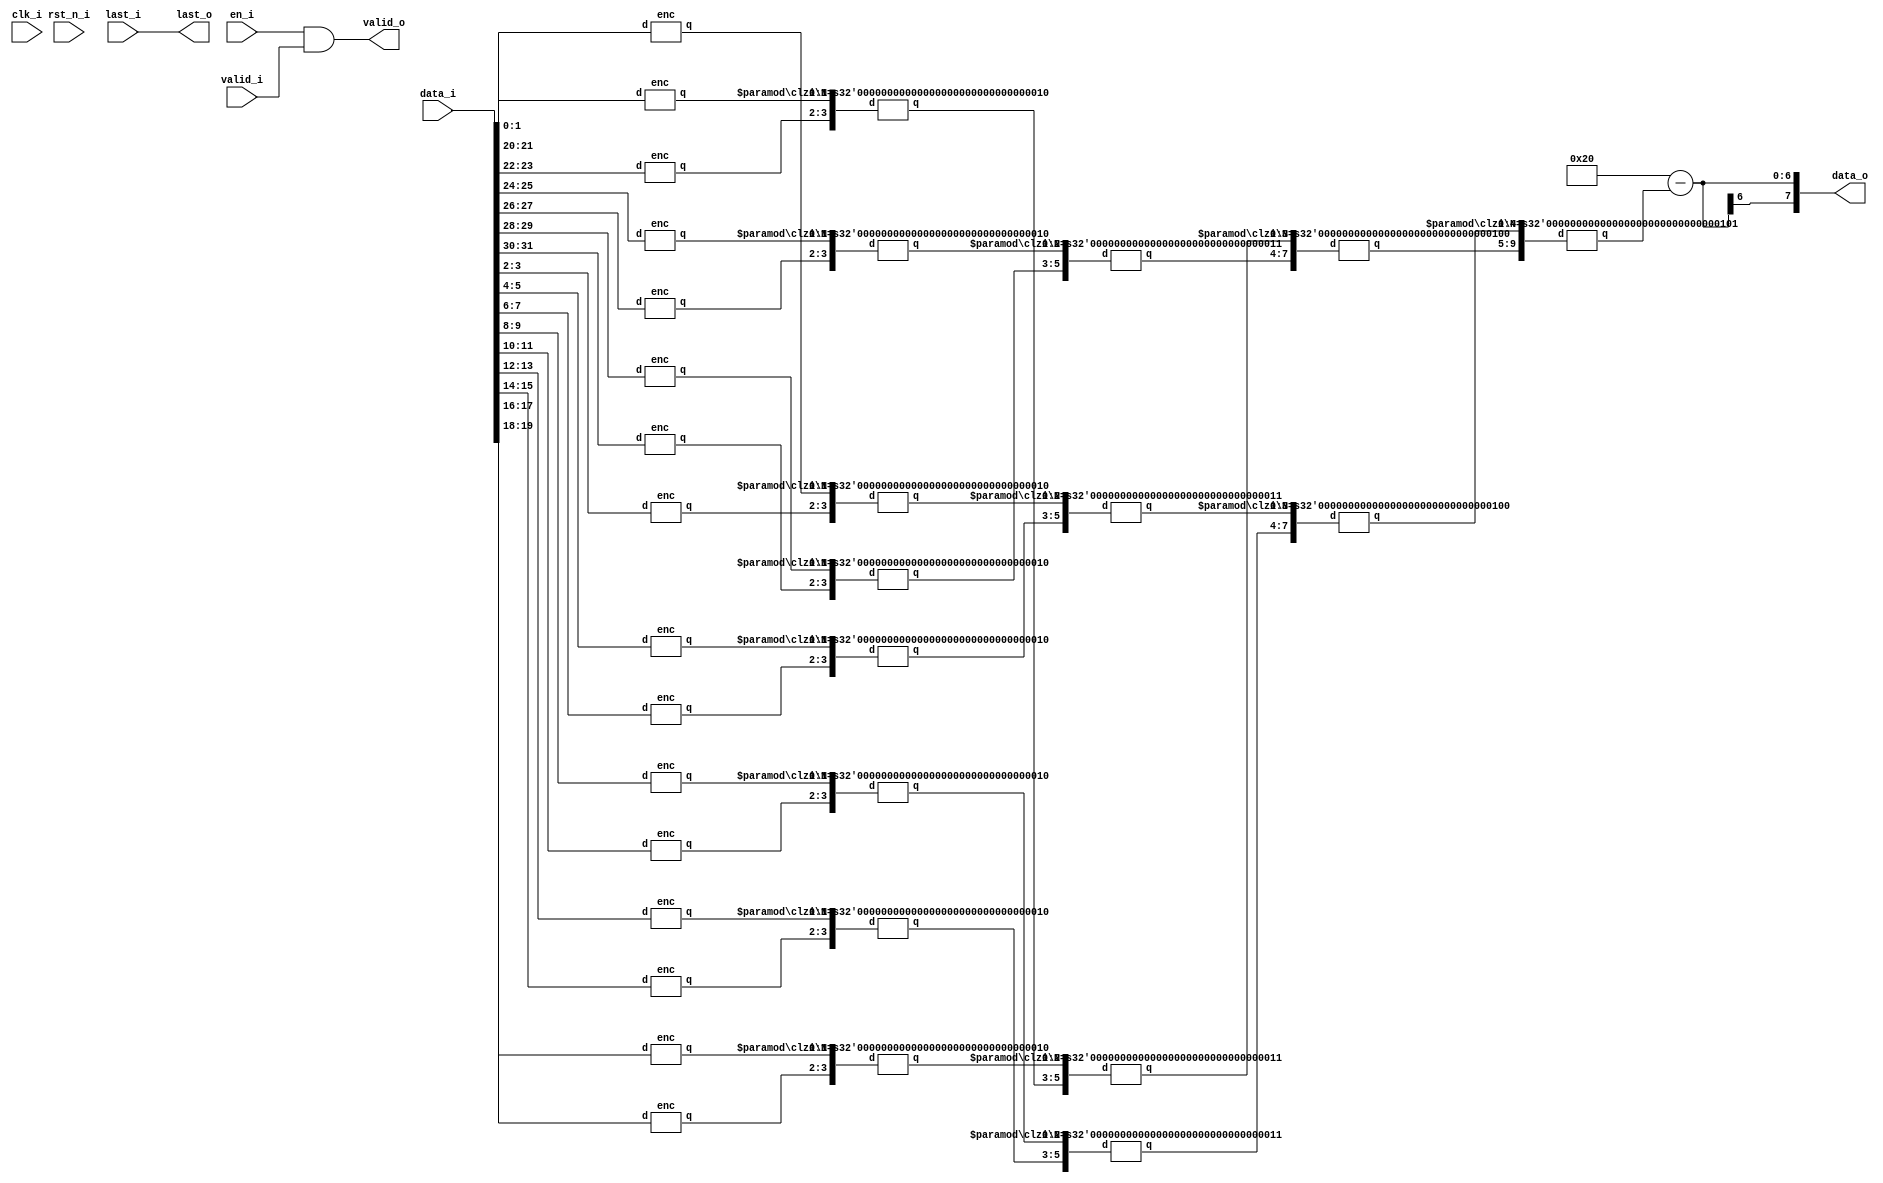
// =============================================================================
// Module:       Log
// Design:       Matthew Pauly
// Verification: Eldrick Millares
// Notes:
//
// Very simple log, implemented as a leading ones place detector
// Implementation based on leading zeros counter from:
// https://electronics.stackexchange.com/questions/196914/verilog-synthesize-high-speed-leading-zero-count
// =============================================================================

module log #(
    // =========================================================================
    // Local Parameters - Do Not Edit
    // =========================================================================
    parameter I_BW = 32,
    parameter O_BW = 8
) (
    // clock and reset
    input                       clk_i,
    input                       rst_n_i,
    input                       en_i,

    // streaming input
    input [I_BW - 1 : 0]        data_i,
    input                       valid_i,
    input                       last_i,

    // streaming output
    output [O_BW - 1 :0]        data_o,
    output                      valid_o,
    output                      last_o
);

    // =========================================================================
    // Encoding
    // =========================================================================
    wire [I_BW - 1 : 0] e;
    genvar i;
    generate
        for (i = 0; i < I_BW / 2; i = i + 1) begin: encoding
            enc enc_inst (
                .d(data_i[i*2 + 1 : i*2]),
                .q(e[i*2 + 1 : i*2])
            );
        end
    endgenerate

    // =========================================================================
    // Merging
    // =========================================================================
    // stage a input  vector length: 16 x 2b
    // stage b input  vector length:  8 x 3b
    // stage c input  vector length:  4 x 4b
    // stage d input  vector length:  2 x 5b
    // stage d output vector length:  1 x 6b
    wire [8*3 - 1 : 0] a;  // 24, 8 = 32/4
    wire [4*4 - 1 : 0] b;  // 16, 4 = 24/6
    wire [2*5 - 1 : 0] c;  // 10, 2 = 16/8
    wire [1*6 - 1 : 0] d;  // 6,  1 = 10/10
    generate
        for (i = 0; i < 8; i = i + 1) begin: merge1
            clzi #(
                .N(2)
            ) clzi_1_inst (
                .d(e[i*4 + 3 : i*4]),
                .q(a[i*3 + 2 : i*3])
            );
        end
    endgenerate
    generate
        for (i = 0; i < 4; i = i + 1) begin: merge2
            clzi #(
                .N(3)
            ) clzi_2_inst (
                .d(a[i*6 + 5 : i*6]),
                .q(b[i*4 + 3 : i*4])
            );
        end
    endgenerate
    generate
        for (i = 0; i < 2; i = i + 1) begin: merge3
            clzi #(
                .N(4)
            ) clzi_3_inst (
                .d(b[i*8 + 7 : i*8]),
                .q(c[i*5 + 4 : i*5])
            );
        end
    endgenerate
    clzi #(
        .N(5)
    ) clzi_4_inst (
        .d(c),
        .q(d)
    );
    
    // =========================================================================
    // Output Assignment
    // =========================================================================
    assign valid_o = (en_i & valid_i);
    assign data_o  = 'd32 - d;  // leading ones place
    assign last_o  = last_i;

    // =========================================================================
    // Simulation Only Waveform Dump (.vcd export)
    // =========================================================================
    `ifdef COCOTB_SIM
    `ifndef SCANNED
    `define SCANNED
    initial begin
        $dumpfile ("wave.vcd");
        $dumpvars (0, log);
        #1;
    end
    `endif
    `endif

endmodule // log

// Encode bits in pairs
module enc
(
   input wire     [1:0]       d,
   // output logic   [1:0]       q
   output [1:0]       q
);

    // original source:
    // always_comb begin
        // case (d[1:0])
            // 2'b00    :  q = 2'b10;
            // 2'b01    :  q = 2'b01;
            // default  :  q = 2'b00;
        // endcase
    // end
    assign q = (d == 2'b00) ? 2'b10
                            : ((d == 2'b01) ? 2'b01
                                            : 2'b00);

endmodule // enc

// Merge vectors of bits together
module clzi #
(
   // external parameter
   parameter   N = 2,
   // internal parameters
   parameter   WI = 2 * N,
   parameter   WO = N + 1
)
(
   input wire     [WI-1:0]    d,
   // output logic   [WO-1:0]    q
   output [WO-1:0]    q
);

    // original source:
    // always_comb begin
        // if (d[N - 1 + N] == 1'b0) begin
            // q[WO-1] = (d[N-1+N] & d[N-1]);
            // q[WO-2] = 1'b0;
            // q[WO-3:0] = d[(2*N)-2 : N];
        // end else begin
            // q[WO-1] = d[N-1+N] & d[N-1];
            // q[WO-2] = ~d[N-1];
            // q[WO-3:0] = d[N-2 : 0];
        // end
    // end

    wire leading_zero = (d[N - 1 + N] == 1'b0);
    assign q[WO-1]   = d[N-1+N] & d[N-1];
    assign q[WO-2]   = (leading_zero) ? 1'b0
                                      : ~d[N-1];
    assign q[WO-3:0] = (leading_zero) ? d[(2*N)-2 : N]
                                      : d[N-2 : 0];

endmodule // clzi